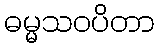
ဓမ္မသဝပိတာ